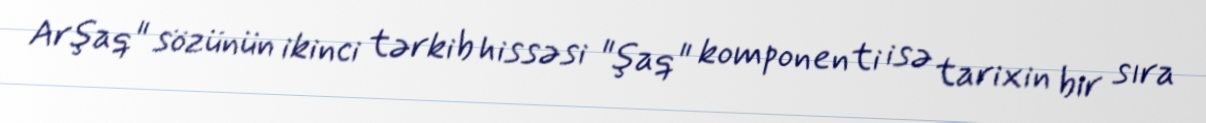
Arşaq" sözünün ikinci tərkib hissəsi "şaq" komponenti isə tarixin bir sıra